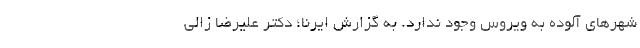
شهرهای آلوده به ویروس وجود ندارد. به گزارش ایرنا؛ دکتر علیرضا زالی